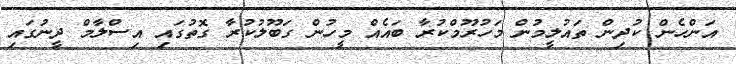
އަންހެން ކުދިން ތައުލީމުން މަހުރޫމްކުރާ ބައެއް މީހުން ގަބޫލުކުރާ ގޮތުގައި އިސްލާމް ދީނުގައި